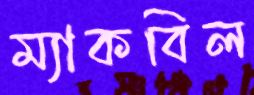
ম্যাকবিল